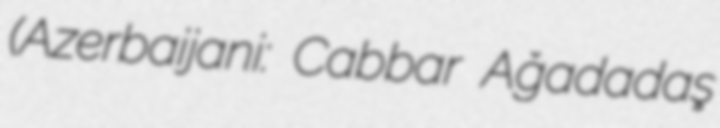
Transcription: (Azerbaijani: Cabbar Ağadadaş